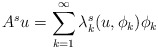
\begin{align*}A^{s}u=\sum_{k=1}^{\infty}\lambda_{k}^{s}(u,\phi_{k})\phi_{k}\end{align*}